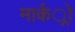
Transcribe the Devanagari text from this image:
मार्कर्ो